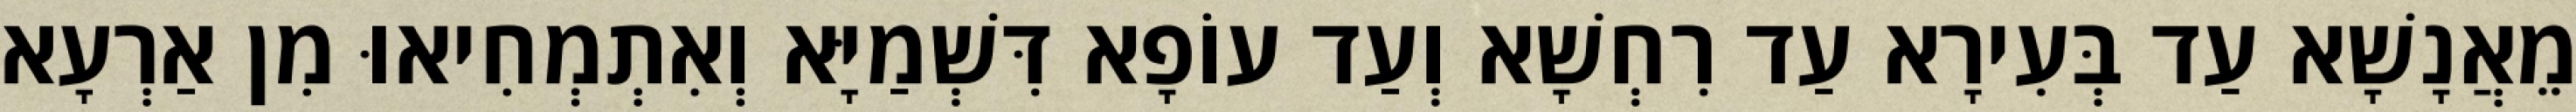
מֵאֲנָשָׁא עַד בְּעִירָא עַד רִחְשָׁא וְעַד עוֹפָא דִּשְׁמַיָּא וְאִתְמְחִיאוּ מִן אַרְעָא